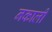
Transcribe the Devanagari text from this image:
नकाली